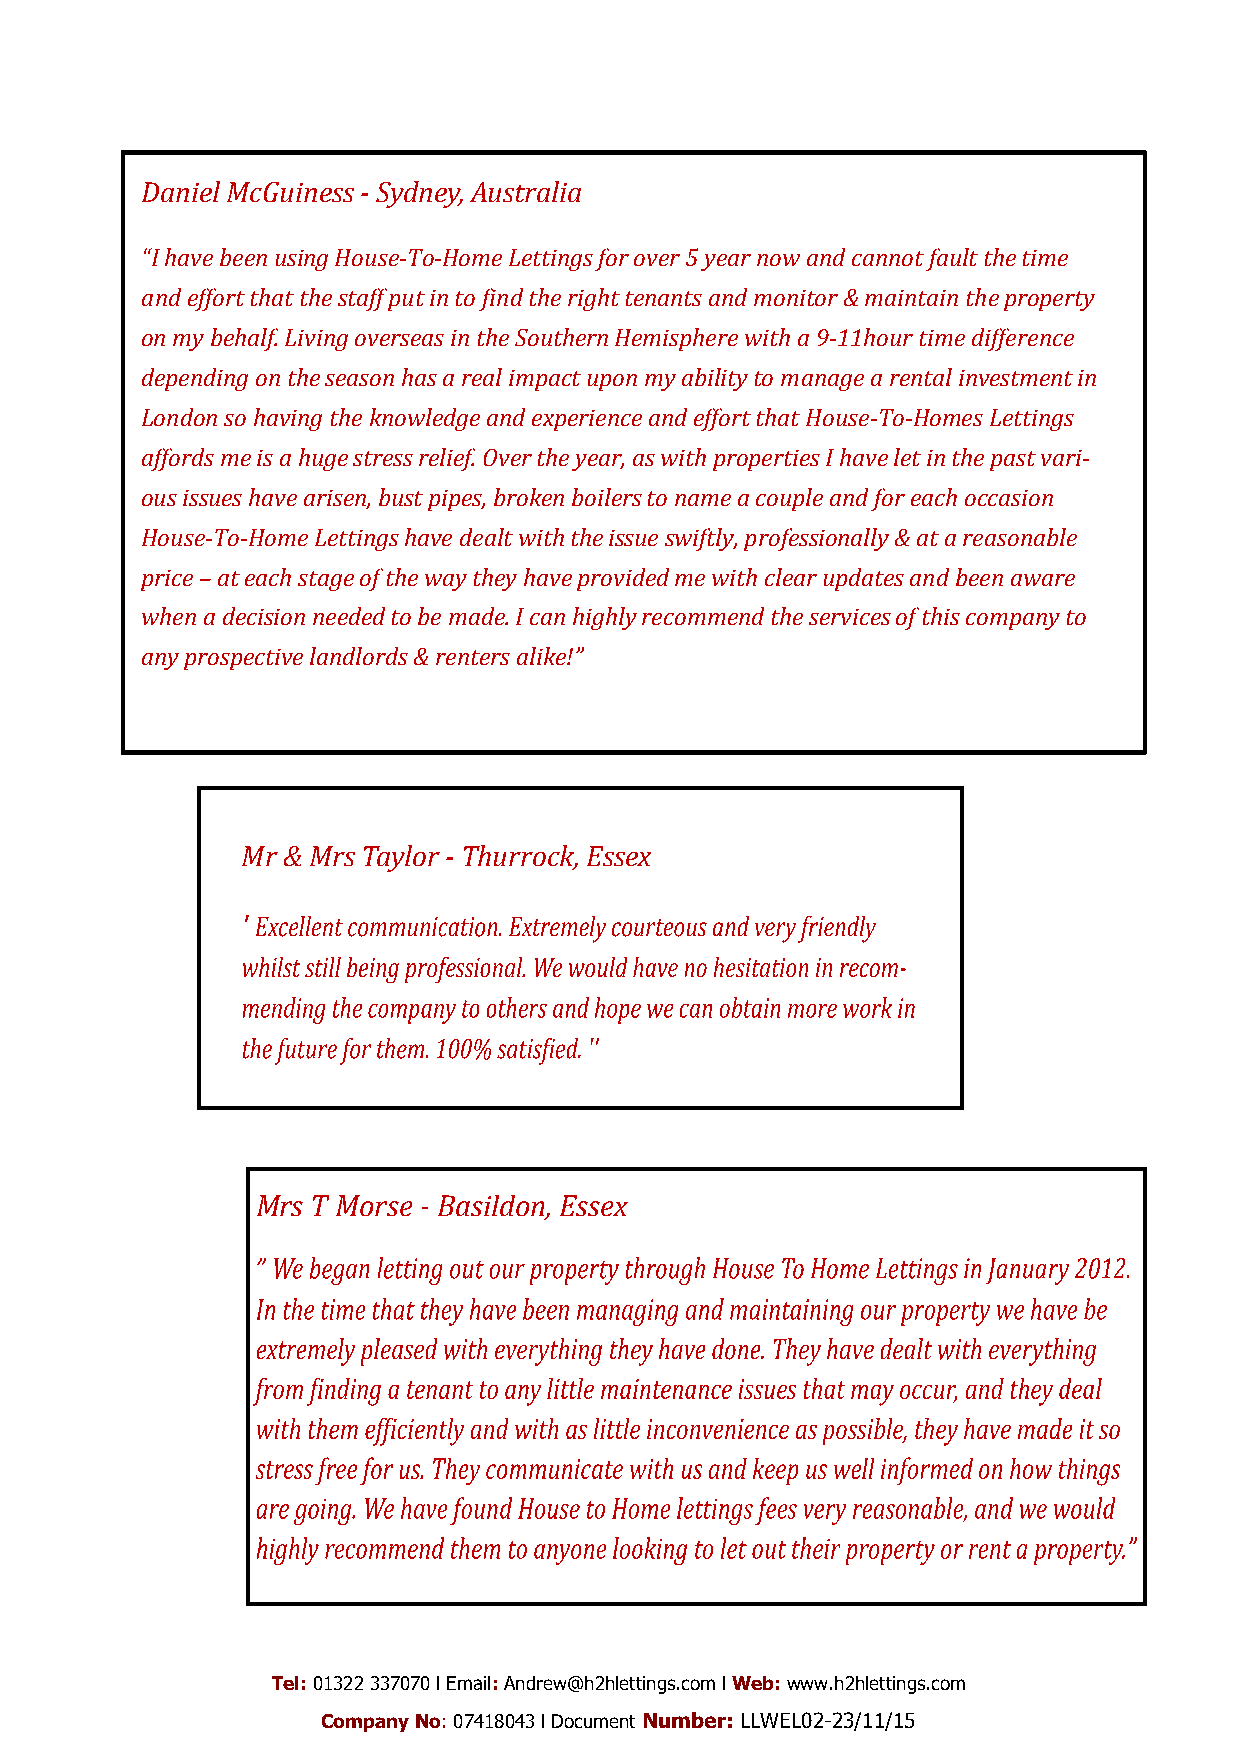
Daniel McGuiness - Sydney, Australia
 “I have been using House-To-Home Lettings for over 5 year now and cannot fault the time
 and effort that the staff put in to find the right tenants and monitor & maintain the property
 on my behalf. Living overseas in the Southern Hemisphere with a 9-11hour time difference
 depending on the season has a real impact upon my ability to manage a rental investment in
 London so having the knowledge and experience and effort that House-To-Homes Lettings
 affords me is a huge stress relief. Over the year, as with properties I have let in the past vari-
 ous issues have arisen, bust pipes, broken boilers to name a couple and for each occasion
 House-To-Home Lettings have dealt with the issue swiftly, professionally & at a reasonable
 price – at each stage of the way they have provided me with clear updates and been aware
 when a decision needed to be made. I can highly recommend the services of this company to
 any prospective landlords & renters alike!”
 Mr & Mrs Taylor - Thurrock, Essex
 '
 Mrs T Morse - Basildon, Essex
 Tel: 01322 337070 l Email: Andrew@h2hlettings.com l Web: www.h2hlettings.com
 Company No: 07418043 l Document Number: LLWEL02-23/11/15